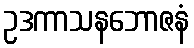
ဥဒကာသနဘောဇနံ